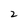
Character: 2